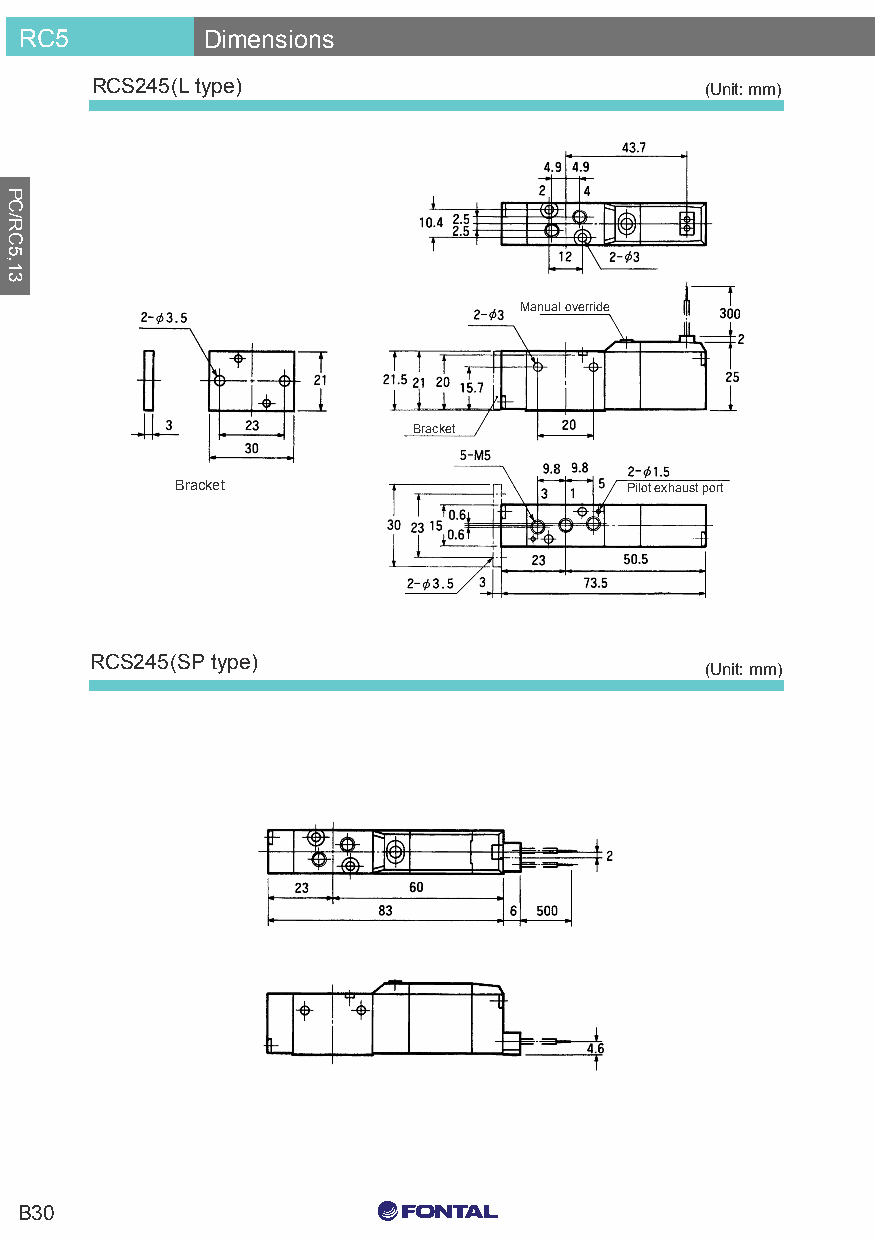
RC5         Dimensions
 RCS245(L type)                           (Unit: mm)
 Manual override
 Bracket
 Bracket                      Pilot exhaust port
 RCS245(SP type)
 (Unit: mm)
 C0 M0 Y15 K15
 B30
 C0 M0 Y0 K100
 C0 M0 Y0 K0
 PC/RC5,13